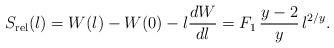
LaTeX: \begin{align*}S_{\rm rel}(\l) = W(\l) - W(0) - \l{dW\over d\l} = F_1\,\frac{y-2}{y}\,\l^{2/y}. \end{align*}